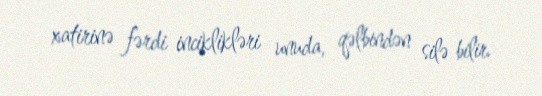
xatirinə fərdi inciklikləri unuda, qəlbindən silə bilir.